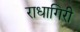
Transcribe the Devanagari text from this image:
राधागिरी